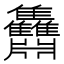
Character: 䨊